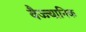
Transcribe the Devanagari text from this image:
वैज्ज्यानिक